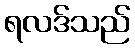
ရလဒ်သည်